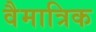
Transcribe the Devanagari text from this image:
वैमात्रिक